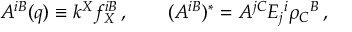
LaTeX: A ^ { i B } ( q ) \equiv k ^ { X } f _ { X } ^ { i B } \, , \qquad ( A ^ { i B } ) ^ { * } = A ^ { j C } E _ { j } { } ^ { i } \rho _ { C } { } ^ { B } \, ,